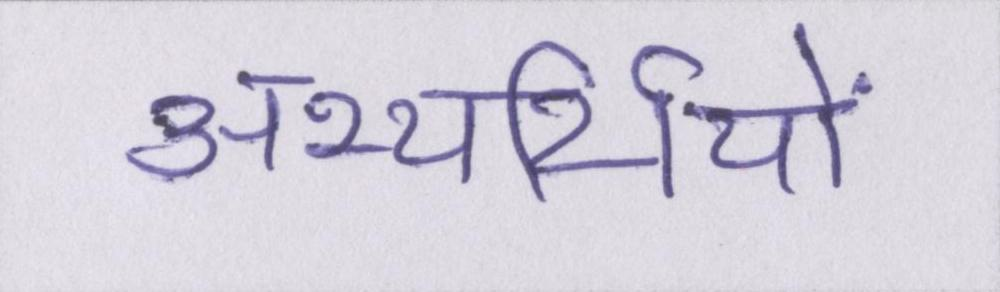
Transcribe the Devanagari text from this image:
अभ्यर्थियों